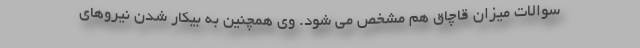
سوالات میزان قاچاق هم مشخص می شود. وی همچنین به بیکار شدن نیروهای